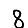
Digit: 8